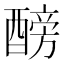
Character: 𨢐